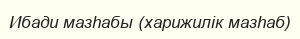
Ибади мазһабы (харижилік мазһаб)